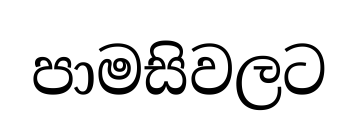
පාමසිවලට